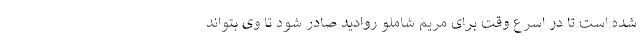
شده است تا در اسرع وقت برای مریم شاملو روادید صادر شود تا وی بتواند